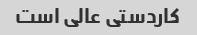
کاردستی عالی است